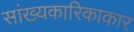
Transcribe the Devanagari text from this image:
सांख्यकारिकाकार